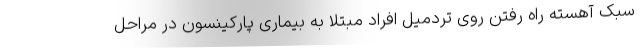
سبک آهسته راه رفتن روی تردمیل افراد مبتلا به بیماری پارکینسون در مراحل